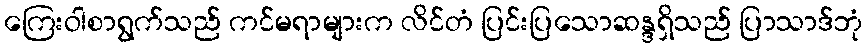
ကြေးဝါစာရွက်သည် ကင်မရာများက လိင်တံ ပြင်းပြသောဆန္ဒရှိသည် ပြာသာဒ်ဘုံ